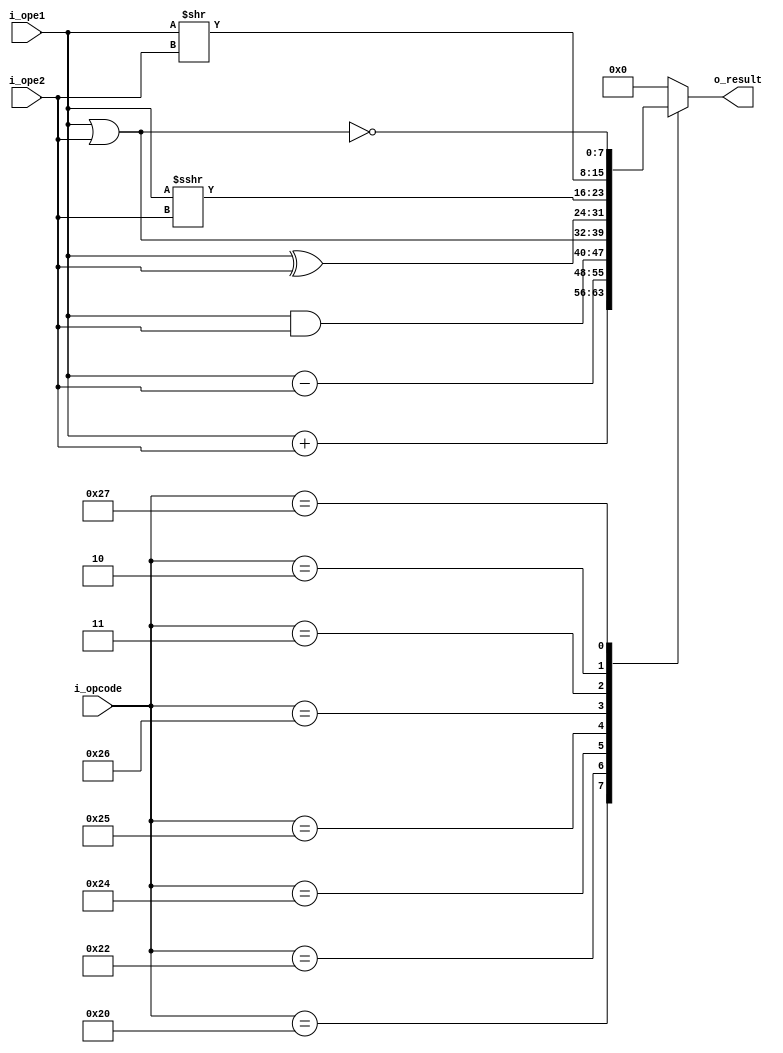




module alu_mod#
    (
     parameter BUS_LEN = 8,
     parameter OPCODE_LEN = 6
    )(
        input signed    [BUS_LEN-1 : 0] i_ope1,
        input signed    [BUS_LEN-1 : 0] i_ope2,
        input signed [OPCODE_LEN-1 : 0] i_opcode,
        output reg    [BUS_LEN - 1 : 0] o_result
	
	
	 
    );

	
	//Codificacion de operaciones: parametros internos del modulo
	localparam ADD    = 6'b100000;
    localparam SUB    = 6'b100010;
    localparam AND    = 6'b100100;
    localparam OR     = 6'b100101;
    localparam XOR    = 6'b100110;
    localparam SRA    = 6'b000011;
    localparam SRL    = 6'b000010;
    localparam NOR    = 6'b100111;

	

	always @(*)
	begin
		case (i_opcode)
			ADD: o_result = i_ope1 + i_ope2;
			SUB: o_result = i_ope1 - i_ope2;
			AND: o_result = i_ope1 & i_ope2;
			OR:  o_result = i_ope1 | i_ope2;
			XOR: o_result = i_ope1 ^ i_ope2;
			SRA: o_result = i_ope1 >>> i_ope2;
			SRL: o_result = i_ope1 >> i_ope2;
			NOR: o_result = ~(i_ope1 | i_ope2);
			default: o_result = 0;
		endcase	
	end //End always

endmodule